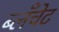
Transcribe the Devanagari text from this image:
ब्लॅंचेट